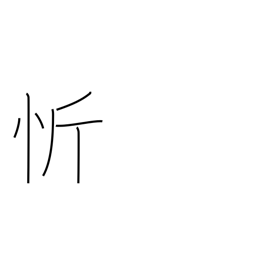
Meaning: open one's heart